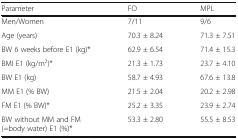
<table><thead><tr><td><b>Parameter</b></td><td><b>FO</b></td><td><b>MPL</b></td></tr></thead><tbody><tr><td>Men/Women</td><td>7/11</td><td>9/6</td></tr><tr><td>Age (years)</td><td>70.3 ± 8.24</td><td>71.3 ± 7.51</td></tr><tr><td>BW 6 weeks before E1 (kg)*</td><td>62.9 ± 6.54</td><td>71.4 ± 15.3</td></tr><tr><td>BMI E1 (kg/m<sup>2</sup>)*</td><td>21.3 ± 1.73</td><td>23.7 ± 4.10</td></tr><tr><td>BW E1 (kg)</td><td>58.7 ± 4.93</td><td>67.6 ± 13.8</td></tr><tr><td>MM E1 (% BW)</td><td>21.5 ± 2.04</td><td>20.2 ± 2.98</td></tr><tr><td>FM E1 (% BW)*</td><td>25.2 ± 3.35</td><td>23.9 ± 2.74</td></tr><tr><td>BW without MM and FM (=body water) E1 (%)*</td><td>53.3 ± 2.80</td><td>55.5 ± 8.53</td></tr></tbody></table>